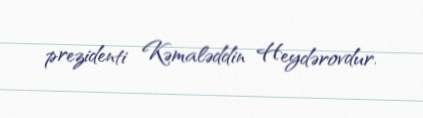
prezidenti Kəmaləddin Heydərovdur.